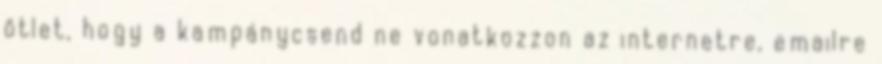
ötlet, hogy a kampánycsend ne vonatkozzon az internetre, emailre